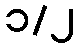
၁/၂